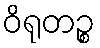
ဝိရုတဉ္စ